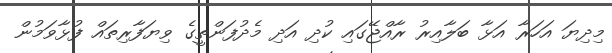
މިދިޔަ އަހަރާ އަޅާ ބަލާއިރު ރާއްޖޭގައި ކުދި އަދި މެދުފަންތީގެ ވިޔަފާރިތައް ފުޅާވަމުން